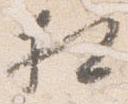
相